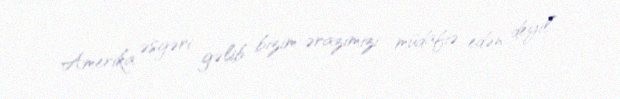
Amerika əsgəri gəlib bizim ərazimizi müdafiə edən deyil”.